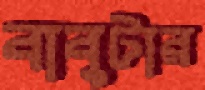
বাবুটার